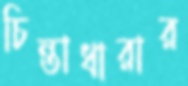
চিন্তাধারার